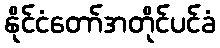
နိုင်ငံတော်အတိုင်ပင်ခံ